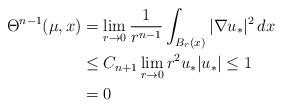
LaTeX: \begin{align*} \Theta^{n-1}(\mu,x)&= \lim_{r \to 0}\frac{1}{r^{n-1}} \int_{B_r(x)} |\nabla u_*|^2 \,dx \\ &\leq C_{n+1} \lim_{r\to0} r^{2} u_* |u_*|\leq 1 \\ &=0 \end{align*}